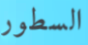
السطور